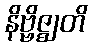
နိဗ္ဗိဇ္ဈတိ